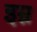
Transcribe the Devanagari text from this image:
इम्न